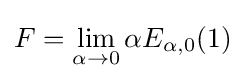
F=\lim _{\alpha \to 0}\alpha E_{\alpha ,0}(1)